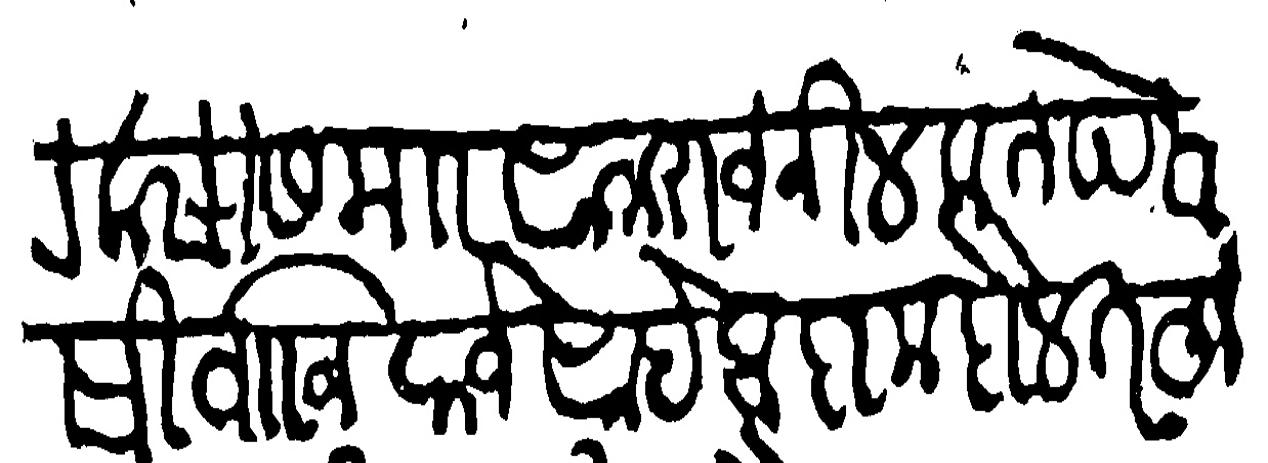
Transliteration (Devanagari): वकसीस माा शामराज नीलकंठ पेशवे सिवाजी राजे साहेव दामदौलतहू